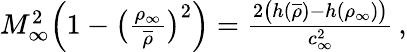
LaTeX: \begin{array}{r}{M_{\infty}^{2}\Big(1-\big(\frac{\rho_{\infty}}{\overline{{\rho}}}\big)^{2}\Big)=\frac{2\big(h(\overline{{\rho}})-h(\rho_{\infty})\big)}{c_{\infty}^{2}}\, ,}\end{array}